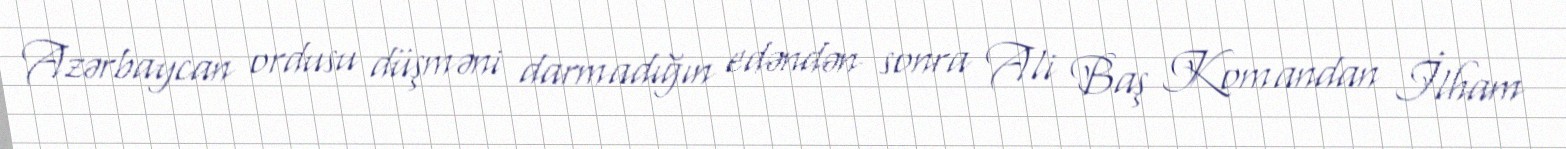
Azərbaycan ordusu düşməni darmadığın edəndən sonra Ali Baş Komandan İlham